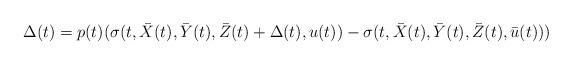
LaTeX: \begin{align*}\Delta(t)=p(t)(\sigma(t,\bar{X}(t),\bar{Y}(t),\bar{Z}(t)+\Delta(t),u(t))-\sigma(t,\bar{X}(t),\bar{Y}(t),\bar{Z}(t),\bar{u}(t)))\end{align*}